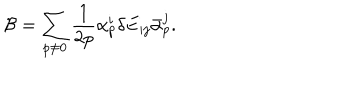
{ \cal B } = \sum _ { p \neq 0 } \frac { 1 } { 2 p } \alpha _ { p } ^ { i } \delta E _ { i j } \bar { \alpha } _ { p } ^ { j } .